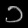
Digit: ၁